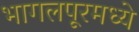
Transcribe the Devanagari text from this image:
भागलपूरमध्ये